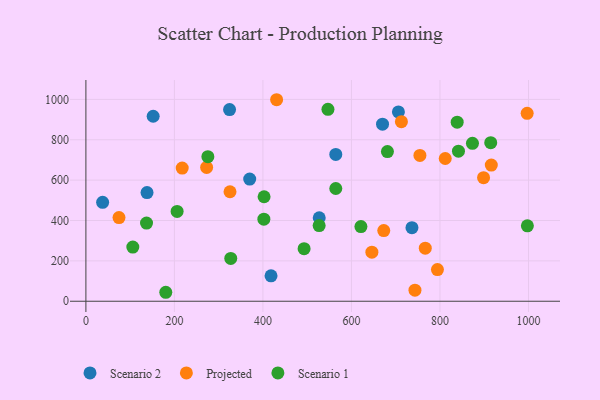
{"axis": {"x": "Distance", "y": "Demand"}, "legend": ["Projected", "Scenario 1", "Scenario 2"], "data": [{"x": "706.1", "y": 937.7, "type": "Scenario 2"}, {"x": "37.8", "y": 490.2, "type": "Scenario 2"}, {"x": "152.0", "y": 916.4, "type": "Scenario 2"}, {"x": "736.7", "y": 364.3, "type": "Scenario 2"}, {"x": "418.3", "y": 126.0, "type": "Scenario 2"}, {"x": "564.6", "y": 727.2, "type": "Scenario 2"}, {"x": "527.2", "y": 413.7, "type": "Scenario 2"}, {"x": "670.2", "y": 877.3, "type": "Scenario 2"}, {"x": "324.6", "y": 949.5, "type": "Scenario 2"}, {"x": "138.1", "y": 538.2, "type": "Scenario 2"}, {"x": "370.1", "y": 605.1, "type": "Scenario 2"}, {"x": "916.0", "y": 674.6, "type": "Projected"}, {"x": "997.0", "y": 931.1, "type": "Projected"}, {"x": "743.5", "y": 54.9, "type": "Projected"}, {"x": "712.9", "y": 889.6, "type": "Projected"}, {"x": "646.2", "y": 243.3, "type": "Projected"}, {"x": "325.6", "y": 542.3, "type": "Projected"}, {"x": "272.8", "y": 662.7, "type": "Projected"}, {"x": "74.8", "y": 414.7, "type": "Projected"}, {"x": "811.9", "y": 707.1, "type": "Projected"}, {"x": "794.3", "y": 156.9, "type": "Projected"}, {"x": "754.7", "y": 722.3, "type": "Projected"}, {"x": "898.5", "y": 612.2, "type": "Projected"}, {"x": "766.8", "y": 262.8, "type": "Projected"}, {"x": "673.0", "y": 349.9, "type": "Projected"}, {"x": "430.9", "y": 998.3, "type": "Projected"}, {"x": "217.6", "y": 659.8, "type": "Projected"}, {"x": "275.6", "y": 716.0, "type": "Scenario 1"}, {"x": "681.3", "y": 741.5, "type": "Scenario 1"}, {"x": "841.8", "y": 743.3, "type": "Scenario 1"}, {"x": "914.7", "y": 785.3, "type": "Scenario 1"}, {"x": "402.1", "y": 406.6, "type": "Scenario 1"}, {"x": "838.9", "y": 887.3, "type": "Scenario 1"}, {"x": "873.4", "y": 782.5, "type": "Scenario 1"}, {"x": "493.0", "y": 260.6, "type": "Scenario 1"}, {"x": "997.5", "y": 373.4, "type": "Scenario 1"}, {"x": "180.5", "y": 44.4, "type": "Scenario 1"}, {"x": "564.6", "y": 558.4, "type": "Scenario 1"}, {"x": "206.1", "y": 444.9, "type": "Scenario 1"}, {"x": "621.4", "y": 370.0, "type": "Scenario 1"}, {"x": "106.0", "y": 268.4, "type": "Scenario 1"}, {"x": "402.6", "y": 517.6, "type": "Scenario 1"}, {"x": "327.3", "y": 212.2, "type": "Scenario 1"}, {"x": "546.9", "y": 950.6, "type": "Scenario 1"}, {"x": "527.0", "y": 374.7, "type": "Scenario 1"}, {"x": "137.0", "y": 387.0, "type": "Scenario 1"}]}